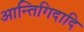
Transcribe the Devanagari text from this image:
आन्तिगिदादि